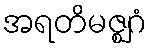
အရတိမဇ္ဈဂံ